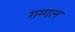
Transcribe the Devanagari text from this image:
गग्‍गल